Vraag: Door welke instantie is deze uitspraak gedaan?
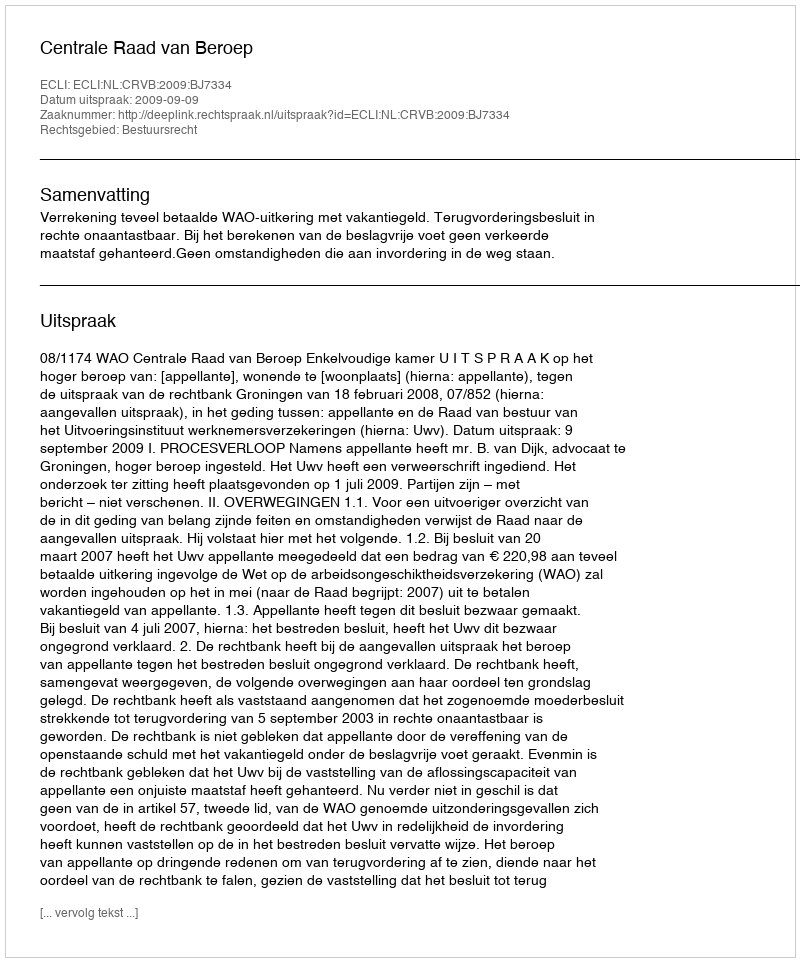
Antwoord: Centrale Raad van Beroep